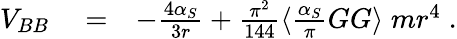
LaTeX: \begin{array}{rlr}{V_{BB}}&{{}=}&{-\frac{4\alpha_{S}}{3r}+\frac{\pi^{2}}{144}\langle\frac{\alpha_{S}}{\pi}GG\rangle\; mr^{4}\; .}\end{array}